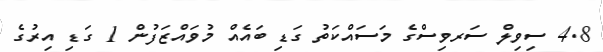
4.8 ސިވިލް ސަރވިސްގެ މަސައްކަތު ގަޑި ބައެއް މުވައްޒަފުން 1 ގަޑި އިރުގެ